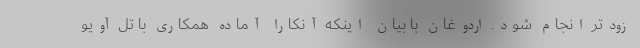
زودتر انجام شود. اردوغان با بیان اینکه آنکارا آماده همکاری با تل آویو